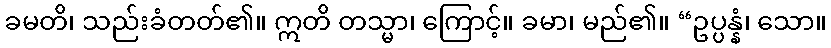
ခမတိ၊ သည်းခံတတ်၏။ ဣတိ တသ္မာ၊ ကြောင့်။ ခမာ၊ မည်၏။ “ဥပ္ပန္နံ၊ သော။